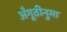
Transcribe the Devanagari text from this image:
अँगूठीनुमा